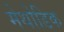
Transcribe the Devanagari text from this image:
मेथोडिक